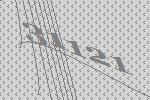
31121